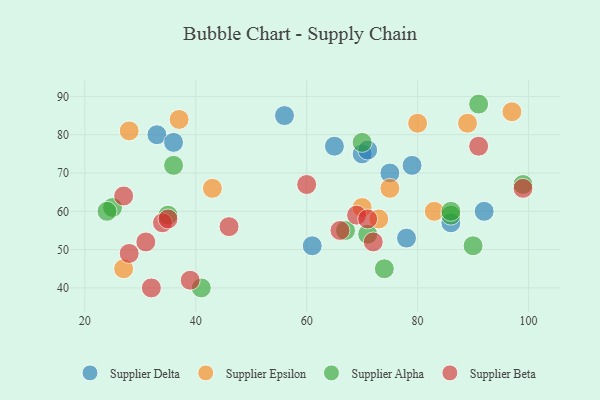
{"axis": {"x": "GDP", "y": "Life Expectancy"}, "legend": ["Supplier Alpha", "Supplier Beta", "Supplier Delta", "Supplier Epsilon"], "data": [{"x": "70", "y": 75, "type": "Supplier Delta"}, {"x": "92", "y": 60, "type": "Supplier Delta"}, {"x": "86", "y": 57, "type": "Supplier Delta"}, {"x": "33", "y": 80, "type": "Supplier Delta"}, {"x": "56", "y": 85, "type": "Supplier Delta"}, {"x": "71", "y": 76, "type": "Supplier Delta"}, {"x": "36", "y": 78, "type": "Supplier Delta"}, {"x": "78", "y": 53, "type": "Supplier Delta"}, {"x": "75", "y": 70, "type": "Supplier Delta"}, {"x": "61", "y": 51, "type": "Supplier Delta"}, {"x": "65", "y": 77, "type": "Supplier Delta"}, {"x": "79", "y": 72, "type": "Supplier Delta"}, {"x": "83", "y": 60, "type": "Supplier Epsilon"}, {"x": "70", "y": 61, "type": "Supplier Epsilon"}, {"x": "73", "y": 58, "type": "Supplier Epsilon"}, {"x": "75", "y": 66, "type": "Supplier Epsilon"}, {"x": "80", "y": 83, "type": "Supplier Epsilon"}, {"x": "43", "y": 66, "type": "Supplier Epsilon"}, {"x": "89", "y": 83, "type": "Supplier Epsilon"}, {"x": "37", "y": 84, "type": "Supplier Epsilon"}, {"x": "28", "y": 81, "type": "Supplier Epsilon"}, {"x": "27", "y": 45, "type": "Supplier Epsilon"}, {"x": "97", "y": 86, "type": "Supplier Epsilon"}, {"x": "41", "y": 40, "type": "Supplier Alpha"}, {"x": "99", "y": 67, "type": "Supplier Alpha"}, {"x": "36", "y": 72, "type": "Supplier Alpha"}, {"x": "74", "y": 45, "type": "Supplier Alpha"}, {"x": "71", "y": 54, "type": "Supplier Alpha"}, {"x": "35", "y": 59, "type": "Supplier Alpha"}, {"x": "67", "y": 55, "type": "Supplier Alpha"}, {"x": "70", "y": 78, "type": "Supplier Alpha"}, {"x": "25", "y": 61, "type": "Supplier Alpha"}, {"x": "90", "y": 51, "type": "Supplier Alpha"}, {"x": "86", "y": 59, "type": "Supplier Alpha"}, {"x": "24", "y": 60, "type": "Supplier Alpha"}, {"x": "91", "y": 88, "type": "Supplier Alpha"}, {"x": "86", "y": 60, "type": "Supplier Alpha"}, {"x": "69", "y": 59, "type": "Supplier Beta"}, {"x": "34", "y": 57, "type": "Supplier Beta"}, {"x": "32", "y": 40, "type": "Supplier Beta"}, {"x": "28", "y": 49, "type": "Supplier Beta"}, {"x": "60", "y": 67, "type": "Supplier Beta"}, {"x": "66", "y": 55, "type": "Supplier Beta"}, {"x": "91", "y": 77, "type": "Supplier Beta"}, {"x": "72", "y": 52, "type": "Supplier Beta"}, {"x": "35", "y": 58, "type": "Supplier Beta"}, {"x": "39", "y": 42, "type": "Supplier Beta"}, {"x": "27", "y": 64, "type": "Supplier Beta"}, {"x": "31", "y": 52, "type": "Supplier Beta"}, {"x": "46", "y": 56, "type": "Supplier Beta"}, {"x": "99", "y": 66, "type": "Supplier Beta"}, {"x": "71", "y": 58, "type": "Supplier Beta"}]}